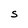
Character: S